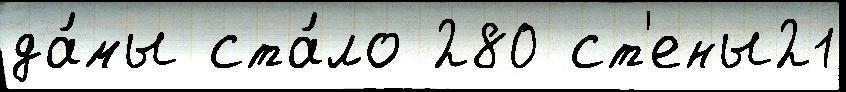
да́мы ста́ло 280 ст'ены21